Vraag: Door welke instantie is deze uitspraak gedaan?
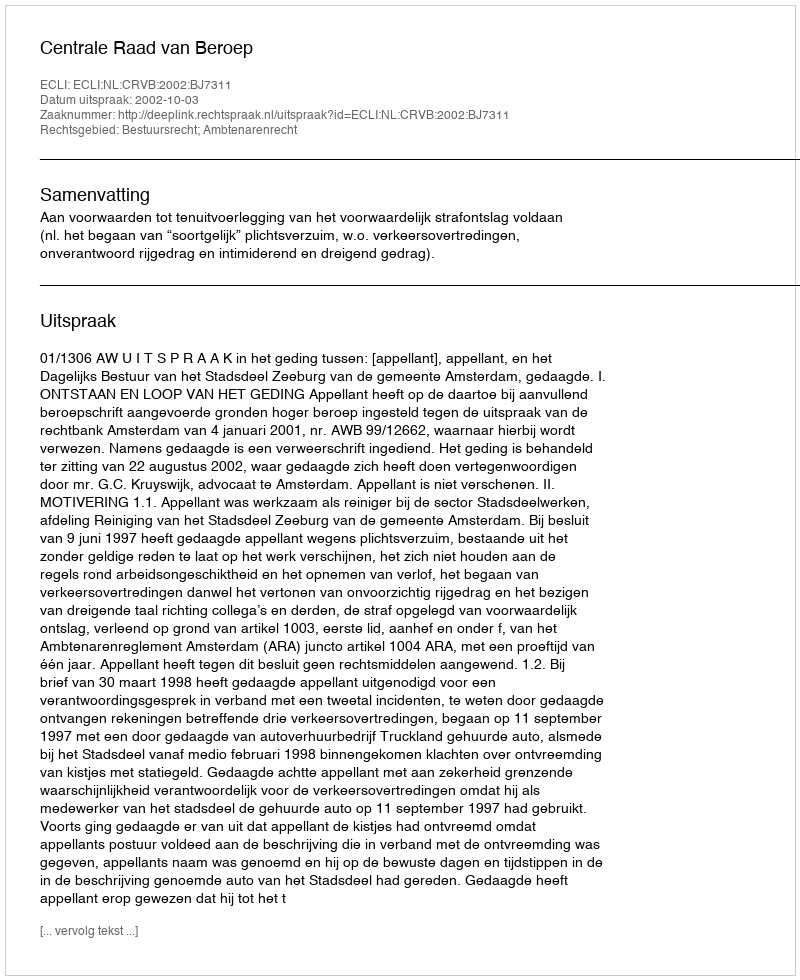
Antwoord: Centrale Raad van Beroep